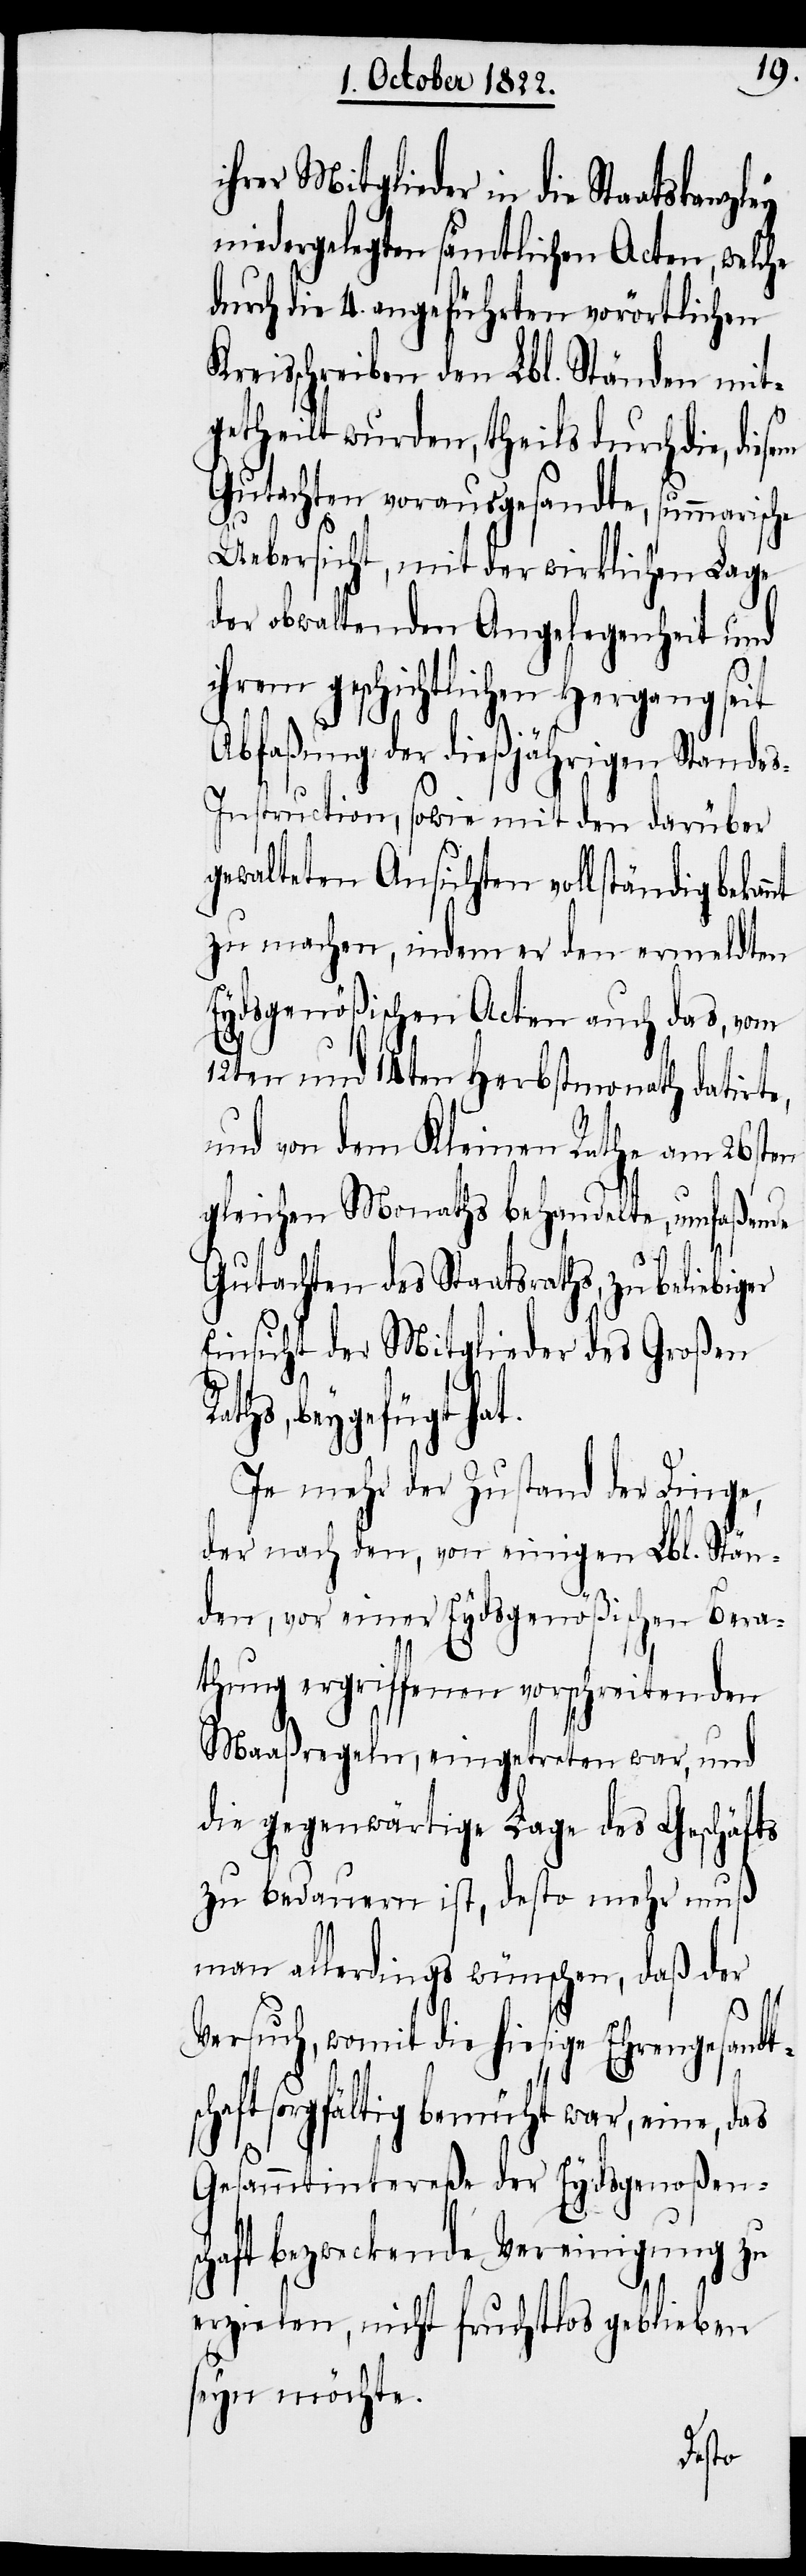
ihrer Mitglieder in die Staatskanzley
niedergelegten sämtlichen Acten, welche
durch die 4. angeführten vorörtlichen
reisschreiben den Lbl. Ständen mit¬
nt
getheilt wurden, theils durch die,
Gutachten vorausgesandte, summarische
Uebersicht, mit der wirklichen Lage
der obwaltenden Angelegenheit und
ihrem geschichtlichen Hergang seit
K¬
Abfaßung der dießjährigen Stande¬
s-Instruction, sowie mit den darüber
gewalteten Ansichten vollständig bekan¬
zu machen, indem er den ermeldten
Eydsgenößischen Acten auch das, vom
12ten und 14ten Herbstmonath datirte,
und von dem Kleinen Rathe am 26sten
gleichen Monaths behandelte, umfaßende
Gutachten des Staatsraths, zu beliebiger
Einsicht der Mitglieder des Großen
beygefügt hat.
Je mehr der Zustand der Dinge,
der nach den, von einigen Lbl. Stän¬
den, vor einer Eydsgenößischen Bera¬
thung ergriffenen vorschreitenden
Maaßregeln, eingetreten war, und
die gegenwärtige Lage des Geschäfts
zu bedauern ist, desto mehr muß
man allerdings wünschen, daß der
womit die hiesige Ehrengesandt¬
schaft sorgfältig bemüht war, eine, das
Gesammtintereße der Eydsgenoßen¬
schaft bezweckende Vereinigung zu
erzielen, nicht fruchtlos geblieben
seyn möchte.
diesem